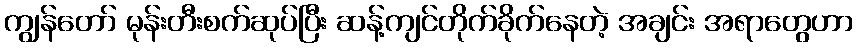
ကျွန်တော် မုန်းတီးစက်ဆုပ်ပြီး ဆန့်ကျင်တိုက်ခိုက်နေတဲ့ အချင်း အရာတွေဟာ